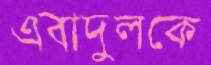
এবাদুলকে